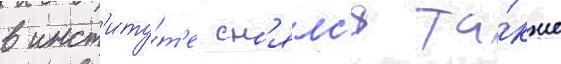
в инст'иту́т'е сн'ялс'я та́кже